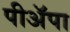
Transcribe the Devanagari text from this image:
पीअॅपा